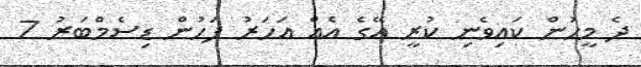
ދެ މީހުން ކައިވެނި ކުރީ އޭގެ އެއް އަހަރު ފަހުން ޑިސެމްބަރު 7